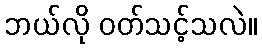
ဘယ်လို ဝတ်သင့်သလဲ။